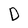
Character: D